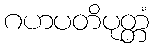
ဂဟပတိပုတ္တံ